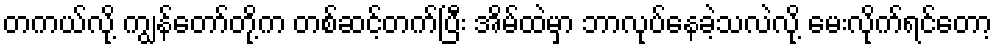
တကယ်လို့ ကျွန်တော်တို့က တစ်ဆင့်တက်ပြီး အိမ်ထဲမှာ ဘာလုပ်နေခဲ့သလဲလို့ မေးလိုက်ရင်တော့